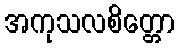
အကုသလစိတ္တော